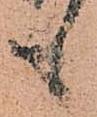
も